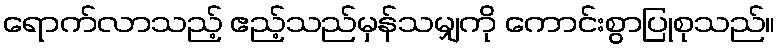
ရောက်လာသည့် ဧည့်သည်မှန်သမျှကို ကောင်းစွာပြုစုသည်။